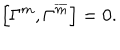
\left[ \Gamma ^ { m } , \Gamma ^ { \overline { { { m } } } } \right] = 0 \mathrm { . }